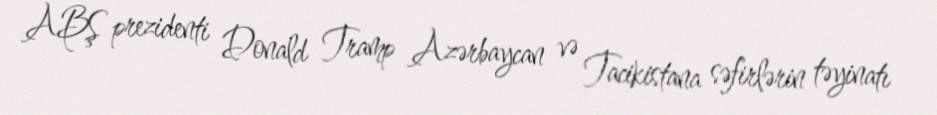
ABŞ prezidenti Donald Tramp Azərbaycan və Tacikistana səfirlərin təyinatı